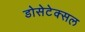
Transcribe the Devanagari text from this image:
डोसेटेक्सल